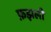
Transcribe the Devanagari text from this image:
फ़झली